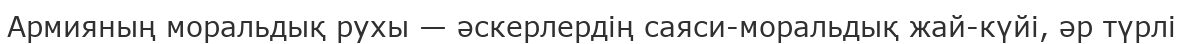
Армияның моральдық рухы — әскерлердің саяси-моральдық жай-күйі, әр түрлі